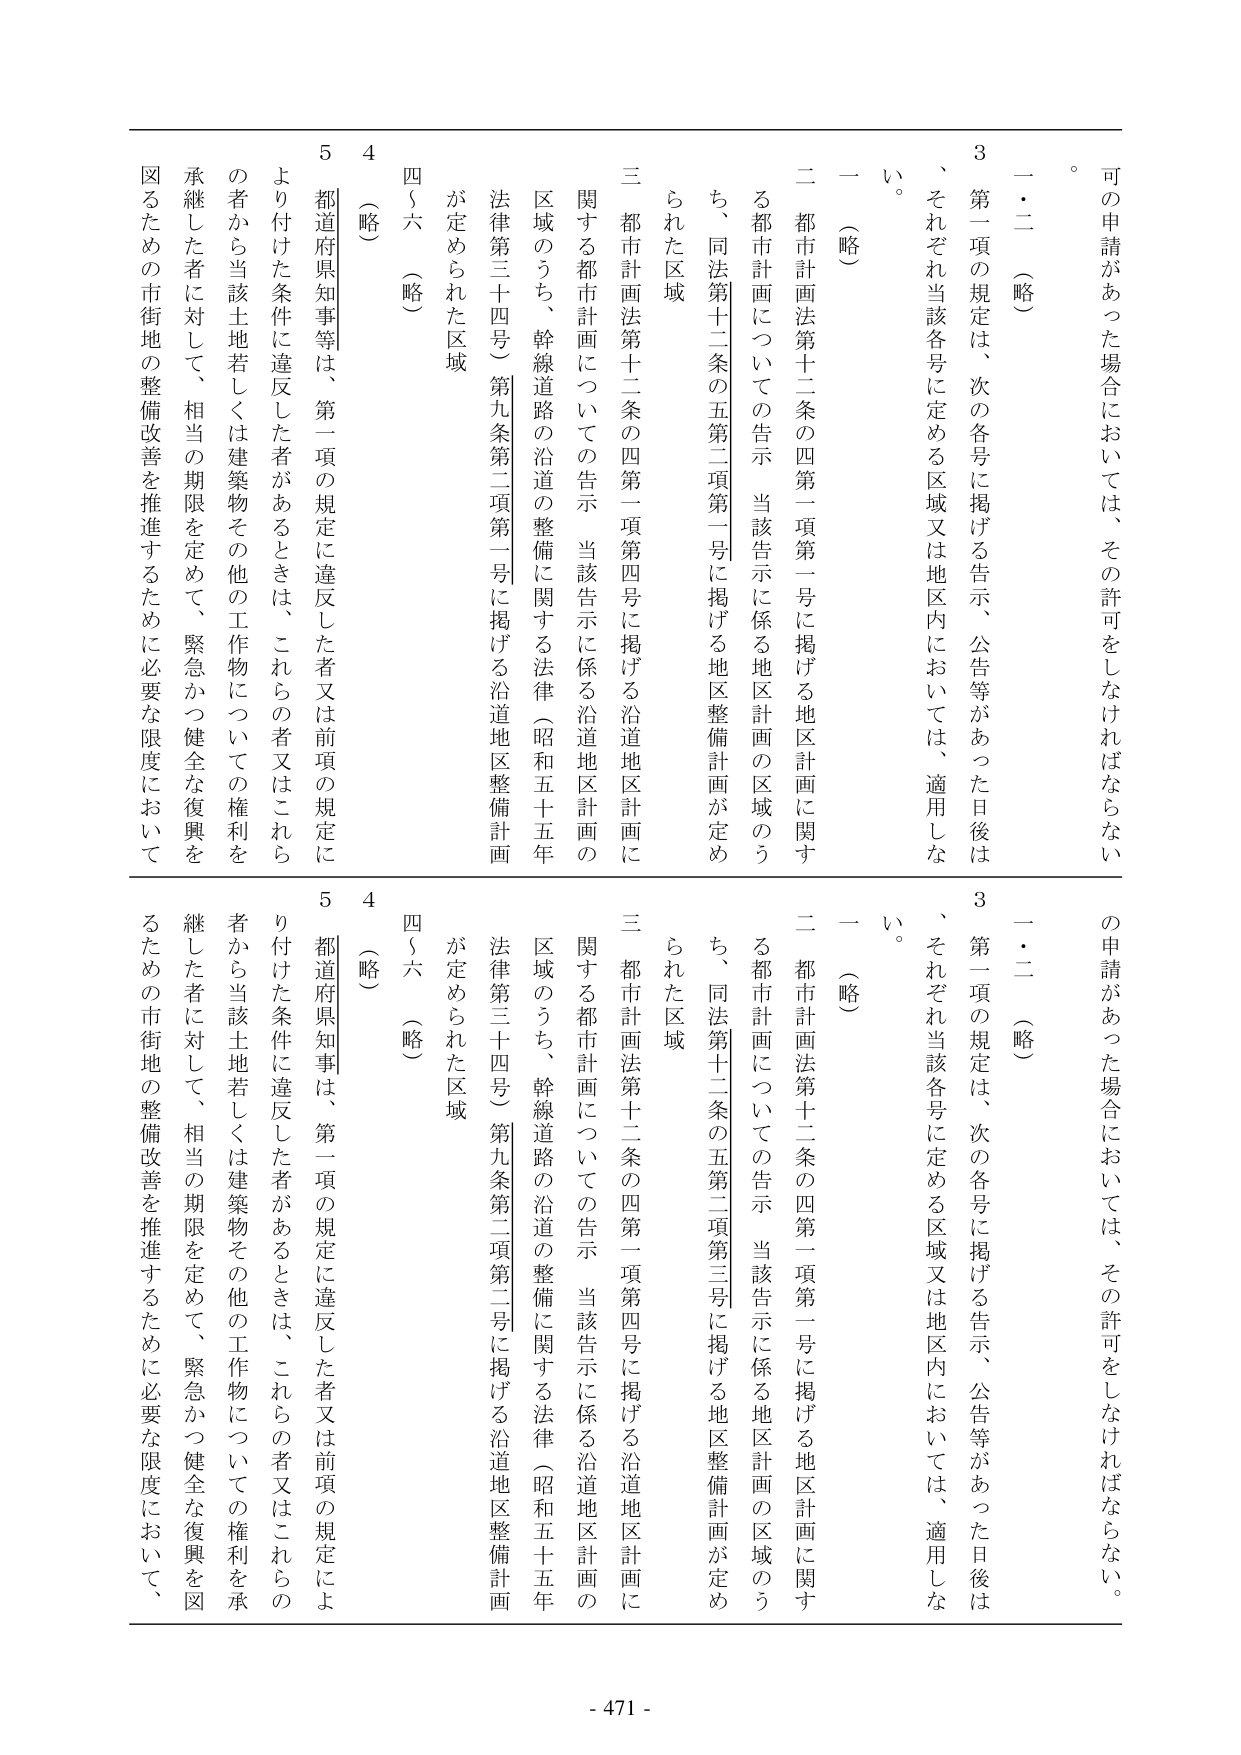
可の申請があった場合においては、その許可をしなければならない。
一・二（略）
3 第一項の規定は、次の各号に掲げる告示、公告等があった日後は、それぞれ当該各号に定める区域又は地区内においては、適用しない。
一（略）
二 都市計画法第十二条の四第一項第一号に掲げる地区計画に関する都市計画についての告示 当該告示に係る地区計画の区域のうち、同法第十二条の五第二項第一号に掲げる地区整備計画が定められた区域
三 都市計画法第十二条の四第一項第四号に掲げる沿道地区計画に関する都市計画についての告示 当該告示に係る沿道地区計画の区域のうち、幹線道路の沿道の整備に関する法律（昭和五十五年法律第三十四号）第九条第二項第一号に掲げる沿道地区整備計画が定められた区域
四～六（略）
5 都道府県知事等は、第一項の規定に違反した者又は前項の規定により付けた条件に違反した者があるときは、これらの者又はこれらの者から当該土地若しくは建築物その他の工作物についての権利を承継した者に対して、相当の期限を定めて、緊急かつ健全な復興を図るための市街地の整備改善を推進するために必要な限度において、

可の申請があった場合においては、その許可をしなければならない。
一・二（略）
3 第一項の規定は、次の各号に掲げる告示、公告等があった日後は、それぞれ当該各号に定める区域又は地区内においては、適用しない。
一（略）
二 都市計画法第十二条の四第一項第一号に掲げる地区計画に関する都市計画についての告示 当該告示に係る地区計画の区域のうち、同法第十二条の五第二項第三号に掲げる地区整備計画が定められた区域
三 都市計画法第十二条の四第一項第四号に掲げる沿道地区計画に関する都市計画についての告示 当該告示に係る沿道地区計画の区域のうち、幹線道路の沿道の整備に関する法律（昭和五十五年法律第三十四号）第九条第二項第二号に掲げる沿道地区整備計画が定められた区域
四～六（略）
5 都道府県知事は、第一項の規定に違反した者又は前項の規定により付けた条件に違反した者があるときは、これらの者又はこれらの者から当該土地若しくは建築物その他の工作物についての権利を承継した者に対して、相当の期限を定めて、緊急かつ健全な復興を図るための市街地の整備改善を推進するために必要な限度において、

- 471 -